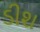
ડીશ